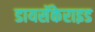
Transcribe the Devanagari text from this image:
डायसॅकेराइड